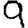
Digit: 9